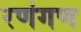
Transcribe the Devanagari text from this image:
रणंगण